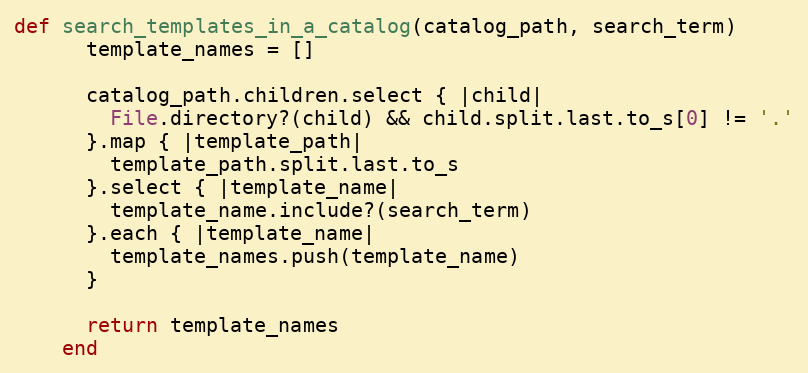
Language: Ruby
def search_templates_in_a_catalog(catalog_path, search_term)
      template_names = []

      catalog_path.children.select { |child|
        File.directory?(child) && child.split.last.to_s[0] != '.'
      }.map { |template_path|
        template_path.split.last.to_s
      }.select { |template_name|
        template_name.include?(search_term)
      }.each { |template_name|
        template_names.push(template_name)
      }

      return template_names
    end